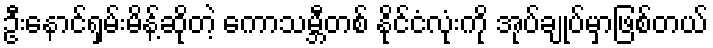
ဦးနောင်ရှမ်းမိန့်ဆိုတဲ့ ကောသမ္ဘီတစ် နိုင်ငံလုံးကို အုပ်ချုပ်မှာဖြစ်တယ်